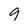
Character: 9